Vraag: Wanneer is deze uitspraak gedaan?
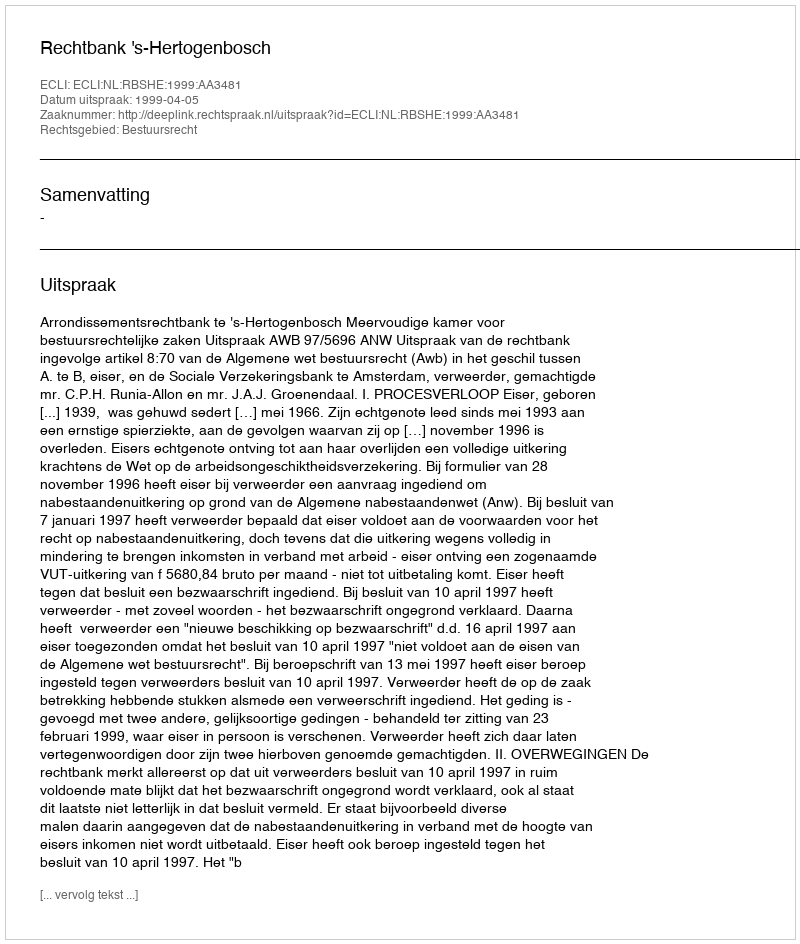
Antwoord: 1999-04-05